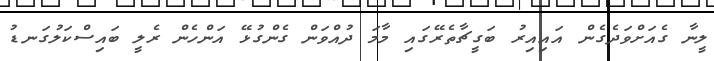
ލީނާ ގެއަށްވަދެގެން އައިއިރު ބަގީޗާތެރޭގައި މާމަ ދުއްވަން ގެންގުޅޭ އަންހެން ރެލީ ބައިސްކަލުގަނޑު